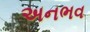
અનભવ